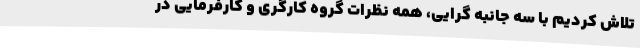
تلاش کردیم با سه جانبه گرایی، همه نظرات گروه کارگری و کارفرمایی در